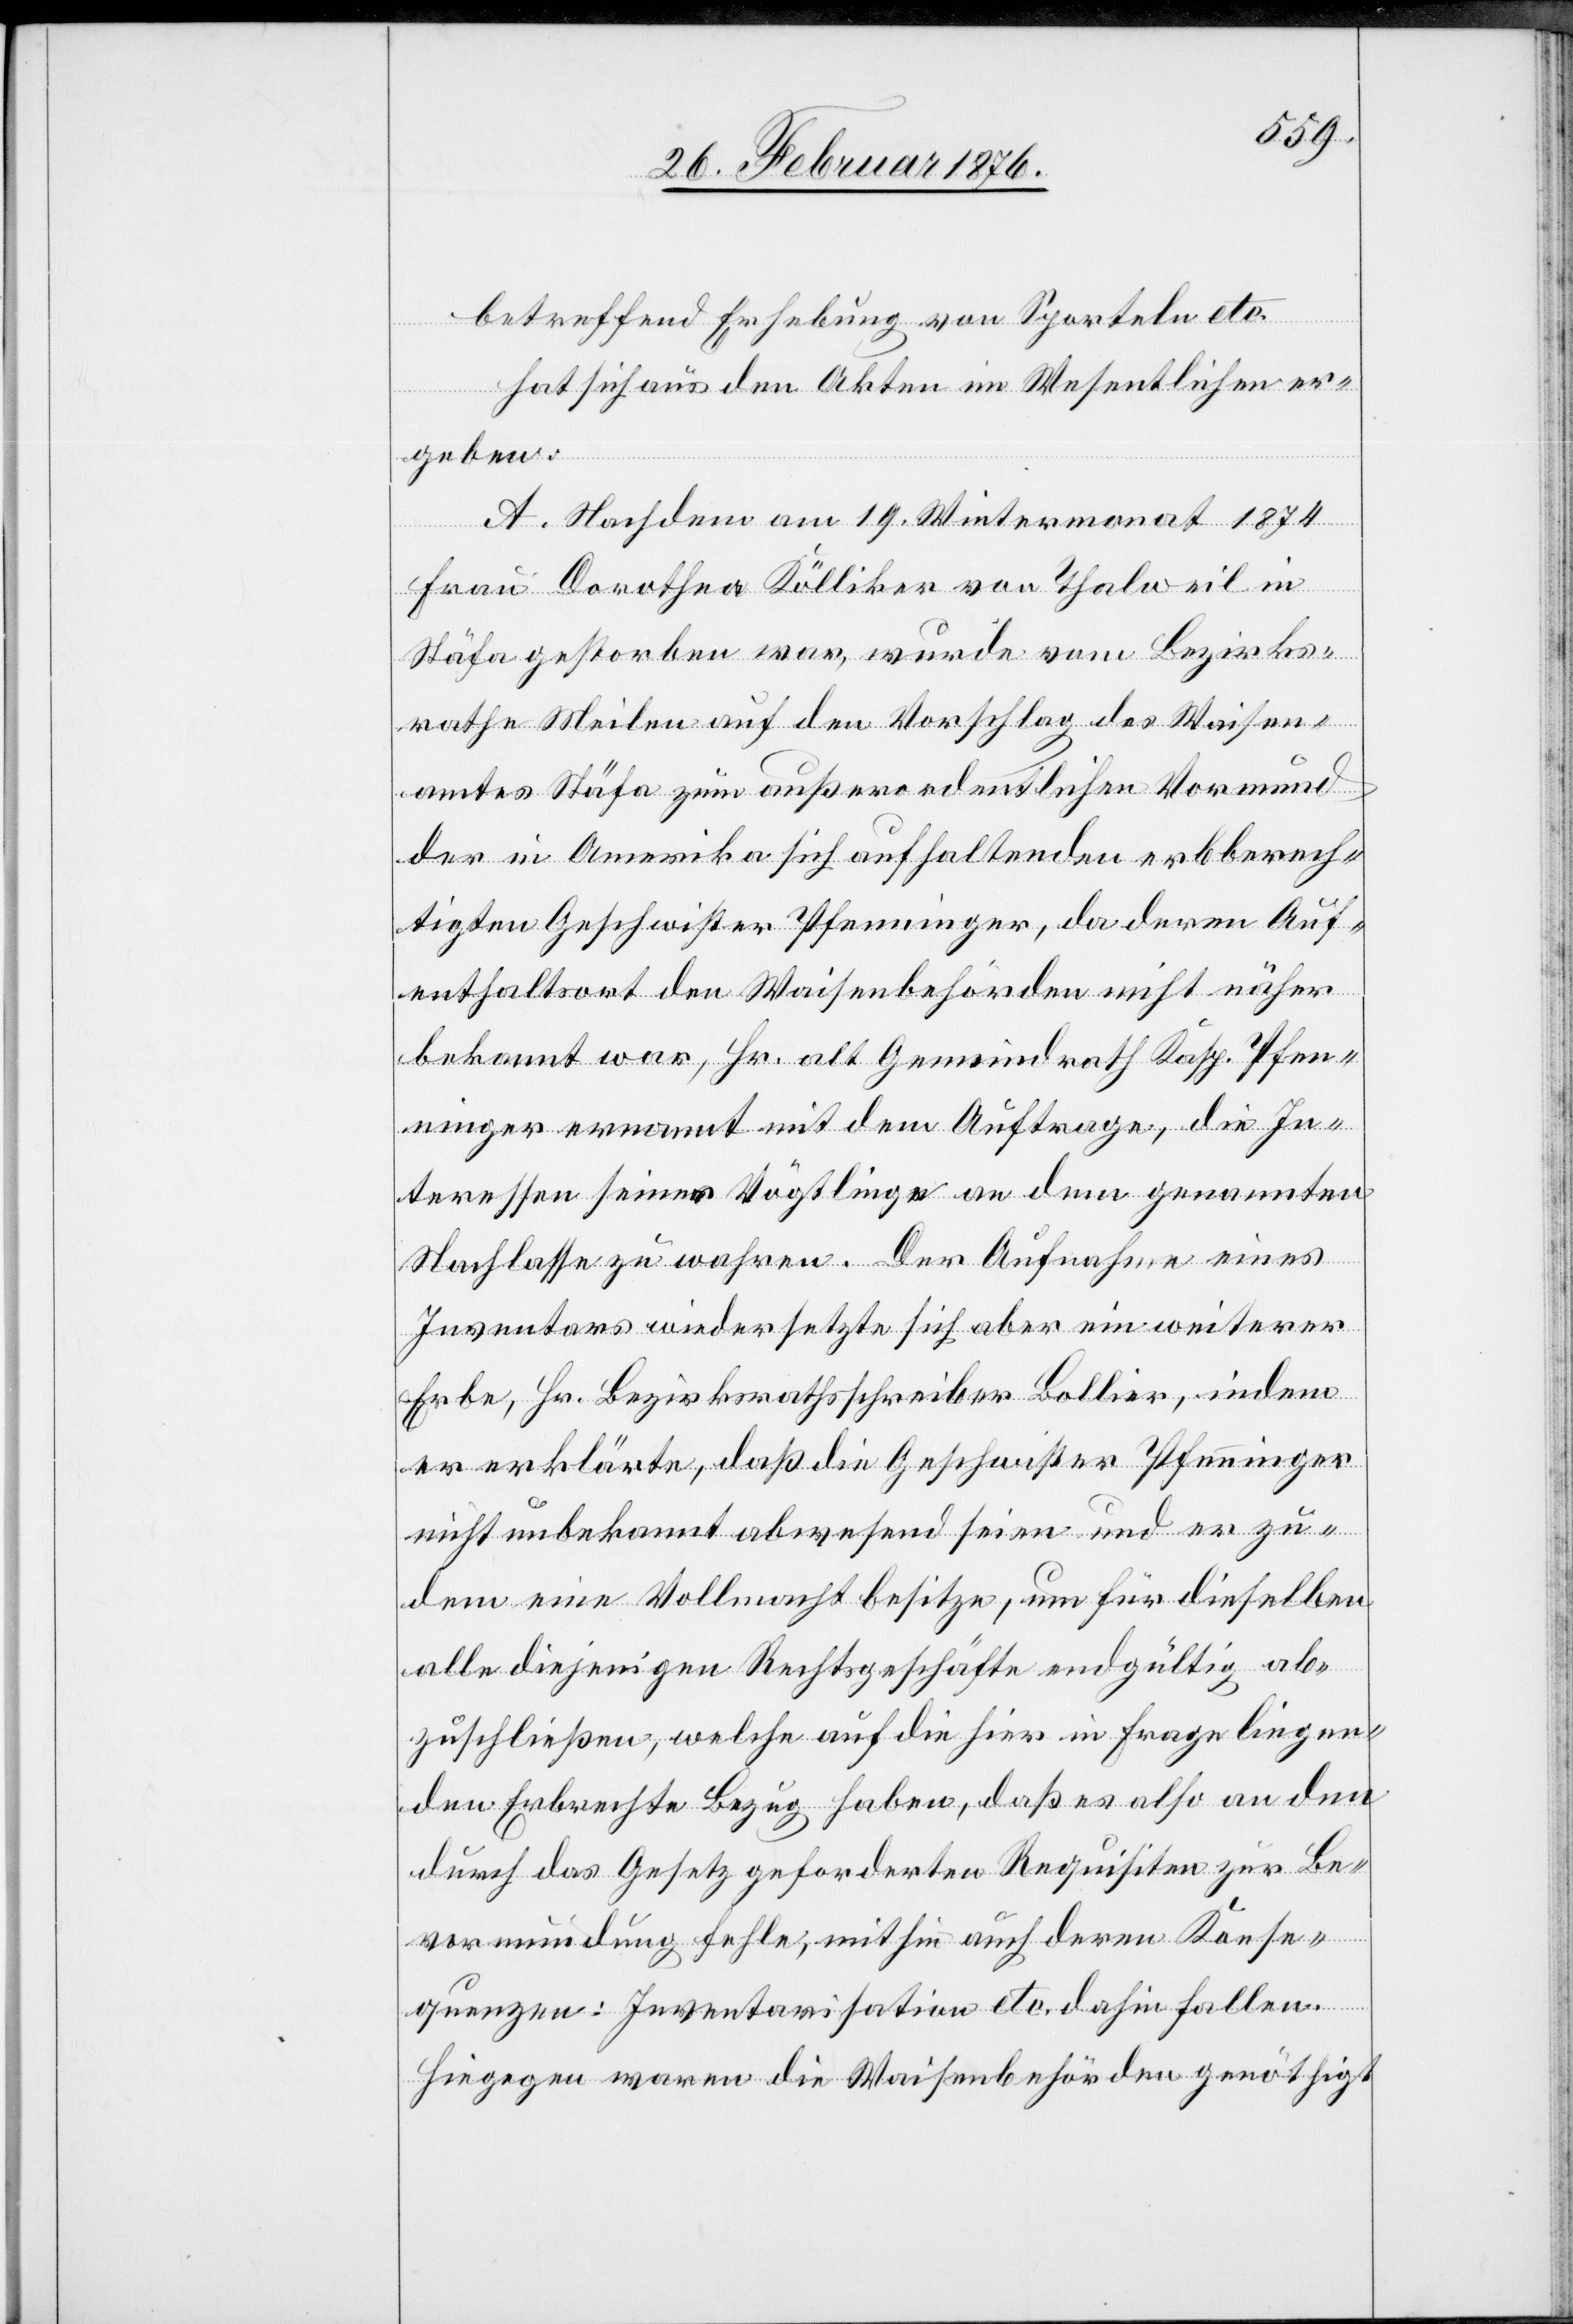
betreffend Erhebung von Sporteln etc.
hat sich aus den Akten im Wesentlichen er¬
geben:
A. Nachdem am 19. Wintermonat 1874
Frau Dorothea Kölliker von Thalweil in
Stäfa gestorben war, wurde vom Bezirks¬
rathe Meilen auf den Vorschlag des Waisen¬
amtes Stäfa zum außerordentlichen Vormund
der in Amerika sich aufhaltenden erbberech¬
tigten Geschwister Pfenninger, da deren Auf¬
enthaltsort den Waisenbehörden nicht näher
bekannt war, Hr. alt Gemeindrath Ksp. Pfen¬
ninger ernannt mit dem Auftrage, die In¬
teressen seines Vögtlings an dem genannten
Nachlasse zu wahren. Der Aufnahme eines
Inventars wiedersetzte sich aber ein weiterer
Erbe, Hr. Bezirksrathsschreiber Bollier, indem
er erklärte, daß die Geschwister Pfenninger
nicht unbekannt abwesend seien und er zu¬
dem eine Vollmacht besitze, um für dieselben
alle diejenigen Rechtsgeschäfte endgültig ab¬
zuschließen, welche auf die hier in Frage liegen¬
den Erbrechte Bezug haben, daß es also an den
durch das Gesetz geforderten Requisiten zur Be¬
vormundung fehle, mithin auch deren Konse¬
quenzen: Inventarisation etc. dahin fallen.
Hiegegen waren die Waisenbehörden genöthigt